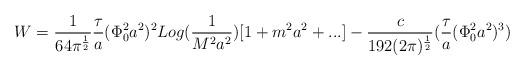
LaTeX: \begin{align*}W={1 \over 64\pi^{{1 \over 2}}} {\tau \over a}(\Phi_{0}^2 a^2)^2 Log({1\over M^2 a^2})[1+m^2a^2+...] - {c \over 192 (2\pi)^{1 \over 2}}({\tau \over a}(\Phi_{0}^2 a^2)^3)\end{align*}